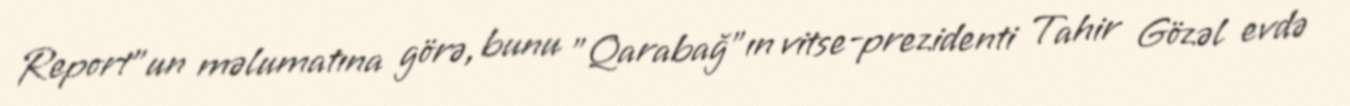
Report"un məlumatına görə, bunu "Qarabağ"ın vitse-prezidenti Tahir Gözəl evdə